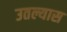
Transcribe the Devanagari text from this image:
उतल्यास